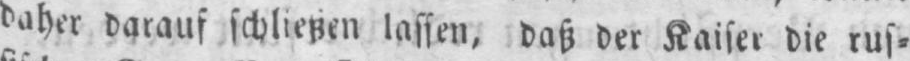
daher darauf schließen lassen, daß der Kaiser die rus⸗